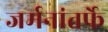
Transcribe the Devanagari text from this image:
जर्मनांतर्फे